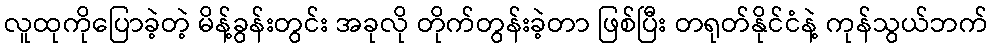
လူထုကိုပြောခဲ့တဲ့ မိန့်ခွန်းတွင်း အခုလို တိုက်တွန်းခဲ့တာ ဖြစ်ပြီး တရုတ်နိုင်ငံနဲ့ ကုန်သွယ်ဘက်